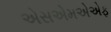
એસએમએએફ